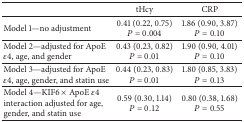
|  | tHcy | CRP |
 | --- | --- | --- |
 | Model 1—no adjustment | 0.41 (0.22, 0.75) P = 0.004 | 1.86 (0.90, 3.87) P = 0.10 |
 | Model 2—adjusted for ApoE ε4, age, and gender | 0.43 (0.23, 0.82) P = 0.01 | 1.90 (0.90, 4.01) P = 0.10 |
 | Model 3—adjusted for ApoE ε4, age, gender, and statin use | 0.44 (0.23, 0.83) P = 0.01 | 1.80 (0.85, 3.83) P = 0.13 |
 | Model 4—KIF6 × ApoE ε4 interaction adjusted for age, gender, and statin use | 0.59 (0.30, 1.14) P = 0.12 | 0.80 (0.38, 1.68) P = 0.55 |